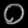
Digit: ၀